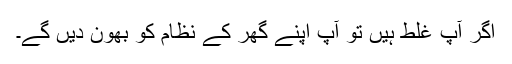
اگر آپ غلط ہیں تو آپ اپنے گھر کے نظام کو بھون دیں گے۔